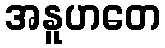
အနူဟတေ